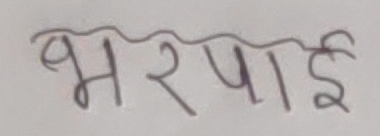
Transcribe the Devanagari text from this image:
भरपाई